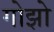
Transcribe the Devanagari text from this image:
गोझो